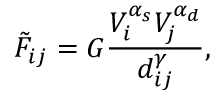
\Tilde { F } _ { i j } = G \frac { V _ { i } ^ { \alpha _ { s } } V _ { j } ^ { \alpha _ { d } } } { d _ { i j } ^ { \gamma } } ,